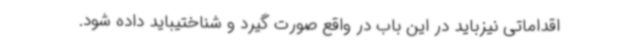
اقداماتی نیزباید در این باب در واقع صورت گیرد و شناختیباید داده شود.